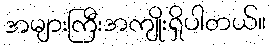
အများကြီးအကျိုးရှိပါတယ်။